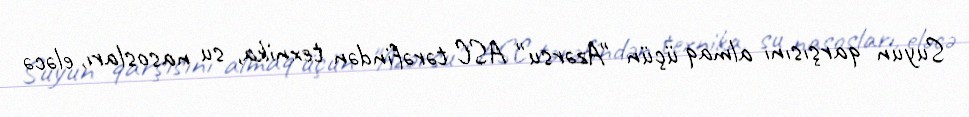
Suyun qarşısını almaq üçün "Azərsu" ASC tərəfindən texnika, su nasosları, eləcə